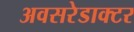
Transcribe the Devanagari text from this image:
अवसरेडाक्टर